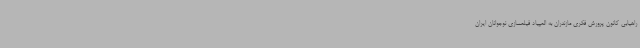
راهیابی کانون پرورش فکری مازندران به المپیاد فیلمسازی نوجوانان ایران